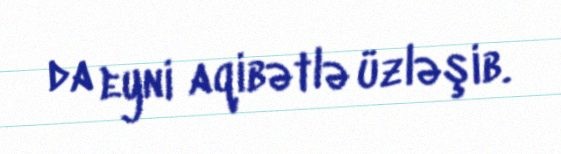
da eyni aqibətlə üzləşib.